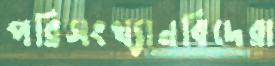
পরিসংখ্যানবিদেরা